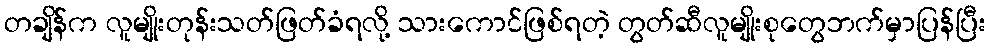
တချိန်က လူမျိုးတုန်းသတ်ဖြတ်ခံရလို့ သားကောင်ဖြစ်ရတဲ့ တွတ်ဆီလူမျိုးစုတွေဘက်မှာပြန်ပြီး